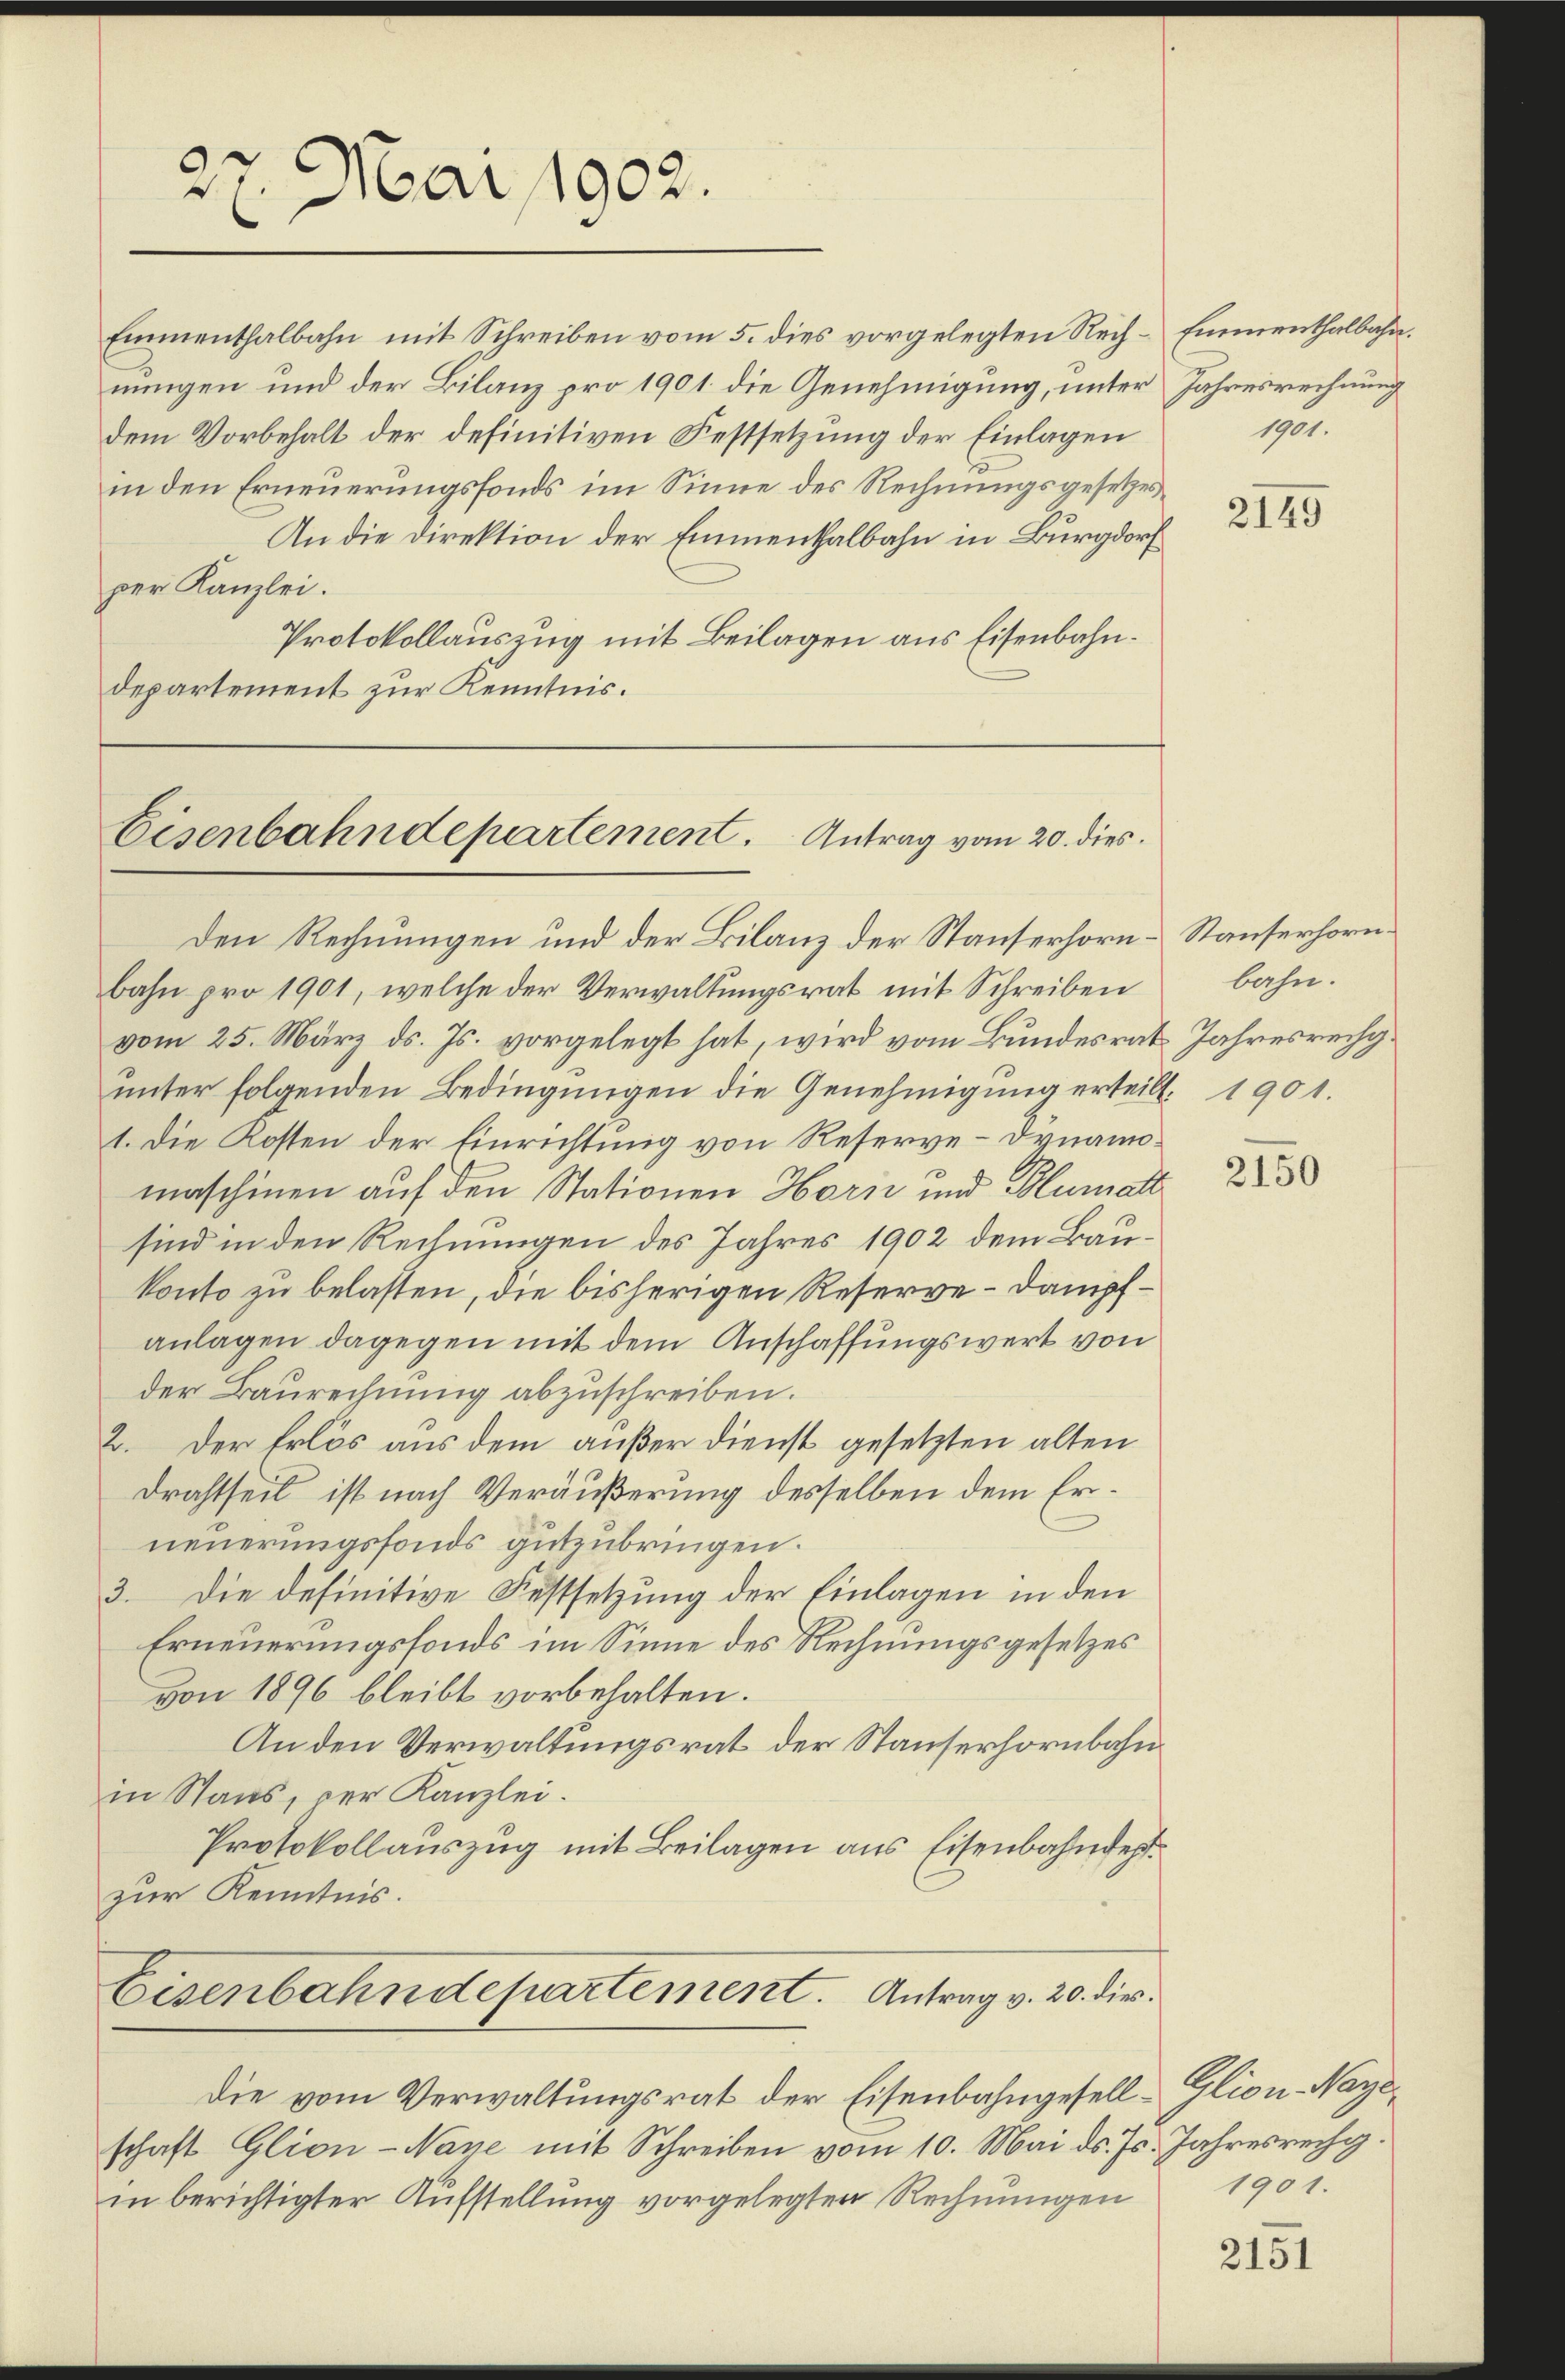
27. Mai 1902.

Einmenthalbahn mit Schreiben vom 5. dies vorgelegten Rech-Emmenthalbahn.
nungen und der Bilanz pro 1901 die Genehmigung, unter Jahresrechnung
dem Vorbehalt der definitiven Festsetzung der Einlagen
in den Erneuerungsfonds im Sinne des Rechnungsgesetzes
An die Direktion der Einmenthalbahn in Burgdorf
per Kanzlei.
Protokollauszug mit Beilagen aus Eisenbahndepartement zur Kenntnis.

Eisenbahndepartement. Antrag vom 20. dies

Den Rechnungen und der Bilanz der Stauserhorn - Sauserhornbahn pro 1901, welche der Verwaltungsrat mit Schreiben
vom 25. März ds. Js. vorgelegt hat, wird vom Bundesrat Jahresrechunter folgenden Bedingungen die Genehmigung erteilt. 1901.
1. Die Kosten der Einrichtung von Reserve-Dynamomaschinen auf den Stationen Horiz und Humatt
sind in den Rechnungen des Jahres 1902 dem Baukonto zu belasten, die bisherigen Reserve-Dampfanlagen dagegen mit dem Anschaffungswert von
der Baurechnung abzuschreiben.
2. Der Erlös aus dem außer Dienst gesetzten alten
Drahtseit ist nach Veräußerung desselben dem Erneuerungsfonds gutzubringen.
3. Die definitive Festsetzung der Einlagen in den
Erneuerungsfonds im Sinne des Rechnungsgesetzes
von 1896 bleibt vorbehalten.
An den Verwaltungsrat der Stauserhornbahn
in Stans, der Kanzlei.
Protokollauszug mit Beilagen aus Eisenbahndep
zur Kenntnis.
Eisenbahndepartement. Antrag v. 20. die

Die vom Verwaltungsrat der Eisenbahngesell-Glion-Nayeschaft Glion-Naye mit Schreiben vom 10. Mai d. Js. Jahresrechg.
in berichtigter Aufstellung vorgelegten Rechnungen

1901.

2149

bahn.

2150

1901.

2151